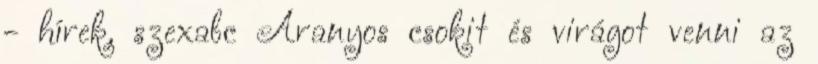
- hírek, szexabc Aranyos csokit és virágot venni az